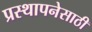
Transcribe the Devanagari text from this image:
प्रस्थापनेसाठी